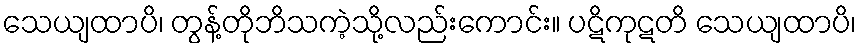
သေယျထာပိ၊ တွန့်တိုဘိသကဲ့သို့လည်းကောင်း။ ပဋိကုဋတိ သေယျထာပိ၊